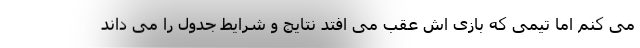
می کنم اما تیمی که بازی اش عقب می افتد نتایج و شرایط جدول را می داند